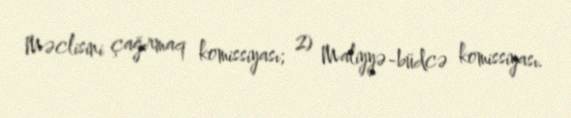
Məclisini çağırmaq komissiyası; 2) Maliyyə-büdcə komissiyası.